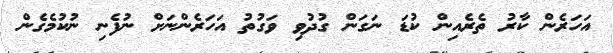
އަހަރެން ކާރު ތެރެއިން ކުޑަ ނަގަން ގުދުވި ވަގުތު އަހަރެންނަށް ނުފެނި ނުކުމެގެން